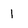
Character: 1